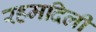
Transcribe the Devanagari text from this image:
रहमदिली